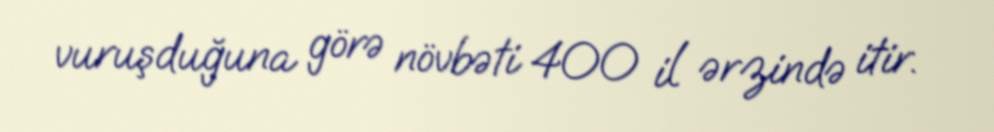
vuruşduğuna görə növbəti 400 il ərzində itir.